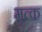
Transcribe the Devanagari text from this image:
मृत्क